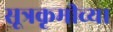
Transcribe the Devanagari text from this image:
सूत्रकृमीच्या